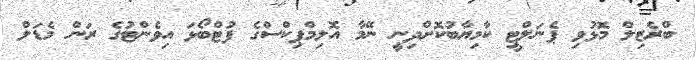
ބްރެޒިލް މޮޅުވި ޕެނަލްޓީ ކާމިޔާބުކޮށްދިނީ ނޭމާ އޮލިމްޕިކްސްގެ ފުޓްބޯޅަ އިވެންޓުގެ ރަން މެޑަލް